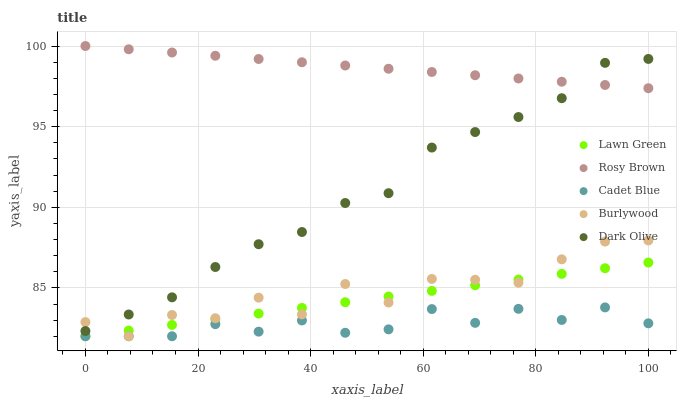
| xaxis_label | Lawn Green | Rosy Brown | Cadet Blue | Burlywood | Dark Olive |
 | --- | --- | --- | --- | --- | --- |
 | 0 | 82 | 100 | 82 | 82.9 | 82.3 |
 | 7.69 | 82.4 | 99.8 | 82 | 82 | 83.3 |
 | 15.4 | 82.7 | 99.6 | 82 | 83.3 | 84.4 |
 | 23.1 | 83.1 | 99.4 | 82.7 | 83.1 | 86.3 |
 | 30.8 | 83.4 | 99.2 | 82.3 | 84.4 | 87.7 |
 | 38.5 | 83.8 | 99 | 83 | 83.4 | 88.5 |
 | 46.2 | 84.1 | 98.8 | 82.2 | 85.2 | 90.3 |
 | 53.8 | 84.5 | 98.6 | 82.4 | 84.1 | 90.9 |
 | 61.5 | 84.8 | 98.4 | 83.7 | 85.6 | 93.7 |
 | 69.2 | 85.2 | 98.2 | 82.8 | 85.5 | 94.7 |
 | 76.9 | 85.5 | 98 | 83.7 | 85.3 | 95.6 |
 | 84.6 | 85.9 | 97.8 | 83 | 86.8 | 96.8 |
 | 92.3 | 86.2 | 97.6 | 83.8 | 87.9 | 99 |
 | 100 | 86.6 | 97.4 | 82.8 | 87.9 | 99.2 |